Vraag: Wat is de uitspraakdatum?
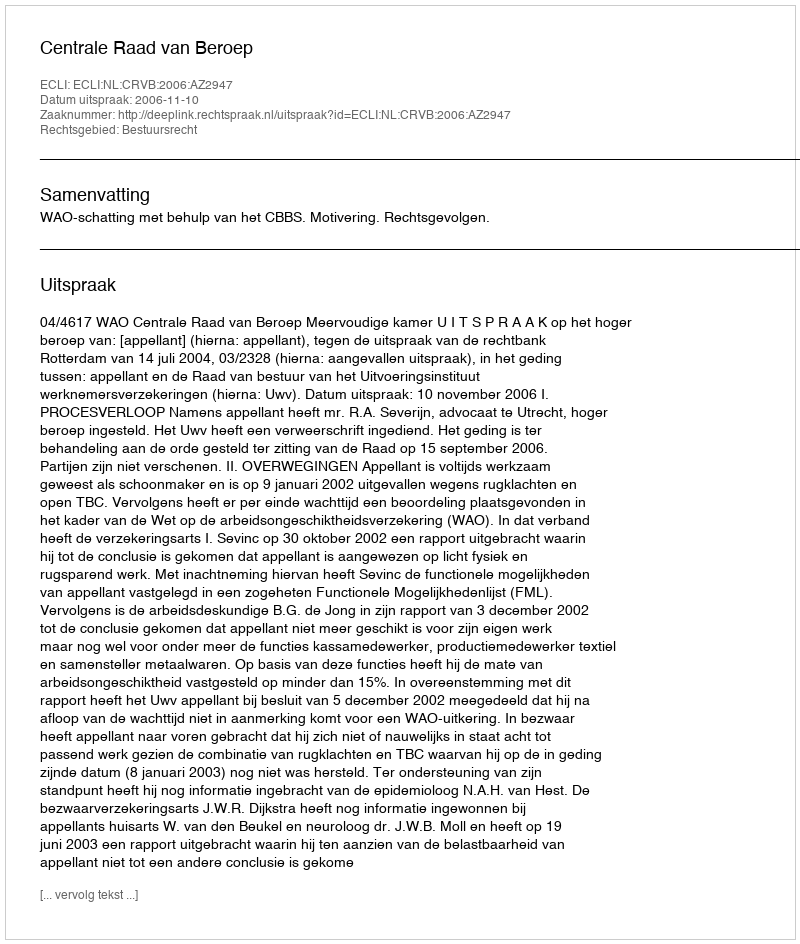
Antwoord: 2006-11-10